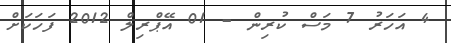
4 އަހަރު 7 މަސް ކުރިން - 01 އޭޕްރިލް 2012 ފަހަކަށް